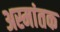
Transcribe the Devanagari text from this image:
अस्मांतक